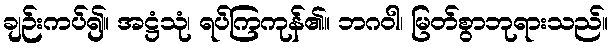
ချဉ်းကပ်၍။ အဋ္ဌံသုံ၊ ရပ်ကြကုန်၏။ ဘဂဝါ၊ မြတ်စွာဘုရားသည်။